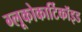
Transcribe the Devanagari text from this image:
ग्लूकोकार्टिकॉइड